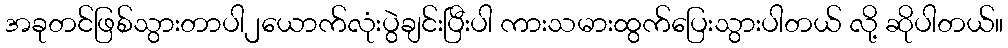
အခုတင်ဖြစ်သွားတာပါ၂ယောက်လုံးပွဲချင်းပြီးပါ ကားသမားထွက်ပြေးသွားပါတယ် လို့ ဆိုပါတယ်။